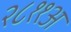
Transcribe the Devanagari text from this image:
२८११अ